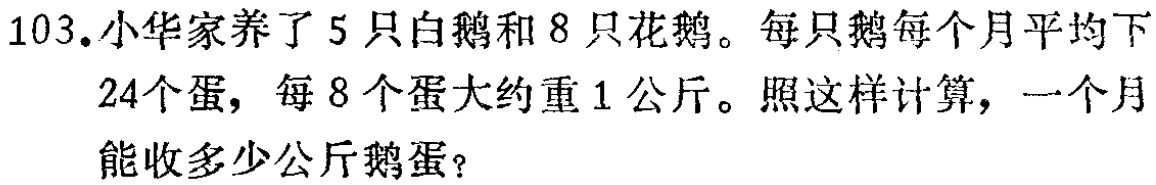
103. 小华家养了 5 只白鹅和 8 只花鹅。每只鹅每个月平均下24个蛋，每 8 个蛋大约重 1 公斤。照这样计算，一个月能收多少公斤鹅蛋？